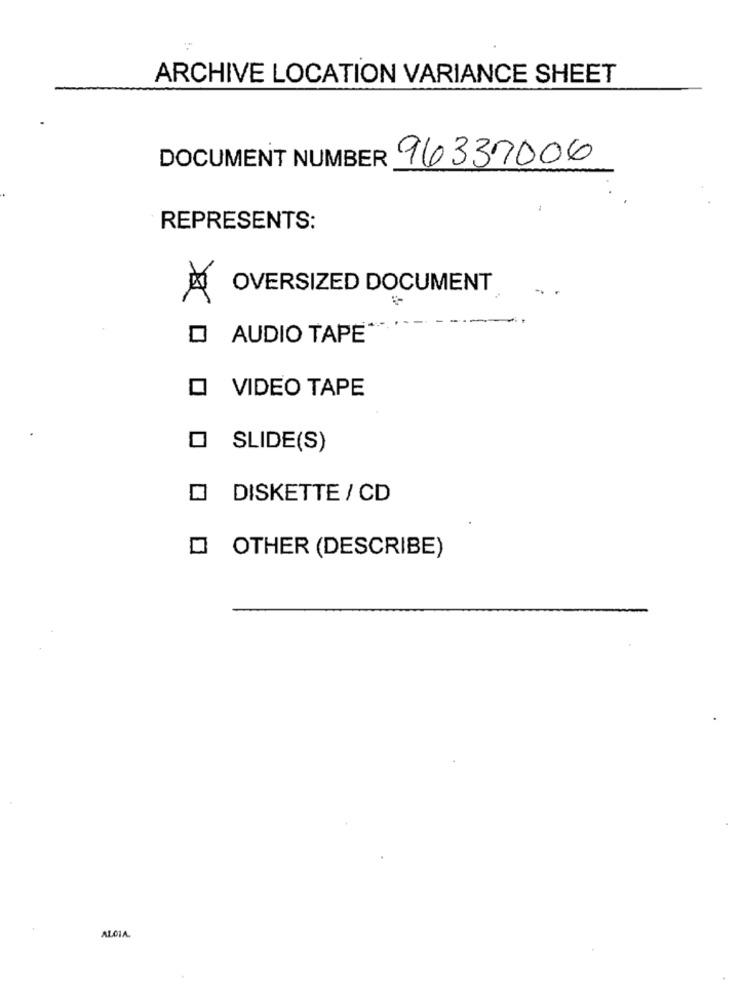
ARCHIVE LOCATION VARIANCE SHEET
DOCUMENT NUMBER
96337006
REPRESENTS:
OVERSIZED DOCUMENT
D AUDIO TAPE*
O VIDEO TAPE
O SLIDE(S)
O DISKETTE / CD
O OTHER (DESCRIBE)
ALCIA.